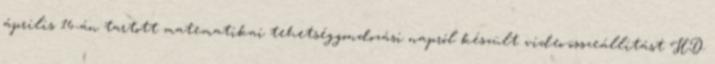
április 16-án tartott matematikai tehetséggondozási napról készült video-összeállítást HD